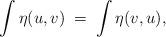
LaTeX: \begin{align*}\int \eta(u,v) \; = \; \int \eta(v,u),\end{align*}